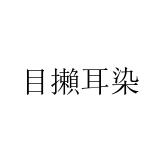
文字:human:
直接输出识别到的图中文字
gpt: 目攋耳染